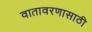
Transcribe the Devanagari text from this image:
वातावरणासाठी